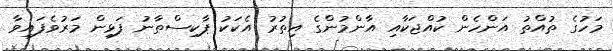
މަހުގެ ތުއްތު އަންހެން ކުއްޖަކާއި އާންމުންގެ އިތުރު އެކަކު ޕާކިސްތާނު ފަޅިން މަރުވެފައިވާ